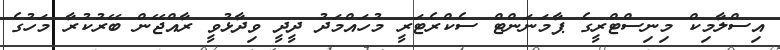
އިސްލާމިކް މިނިސްޓްރީގެ ޕާމަނަންޓް ސެކްރެޓަރީ މުހައްމަދު ދީދީ ވިދާޅުވީ ރާއްޖޭން ބޭރުކުރާ މަހުގެ